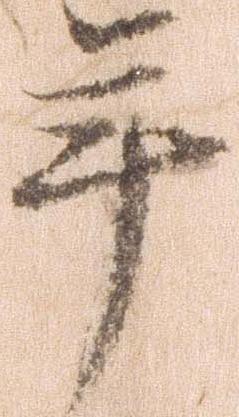
年